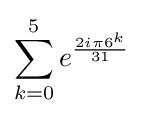
\sum _{k=0}^{5}e^{\frac {2i\pi 6^{k}}{31}}